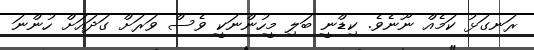
ރަނގަޅު ކަމެއް ނޫނެވެ. ކިޑްނީ ބަލި މީހުންނަކީ ވެސް ވަރަށް ގަދައަށް ހުންނަ